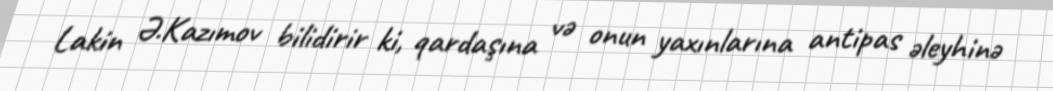
Lakin Ə.Kazımov bilidirir ki, qardaşına və onun yaxınlarına antipas əleyhinə